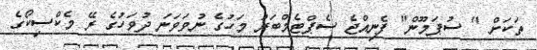
ތަކަށް " ސުޕަމޫން" ފެނިއްޖެ ސެޕްޓެމްބަރު މަހުގެ ނުވަވަނަ ދުވަހުގެ ރޭ މެކްސިކޯގެ